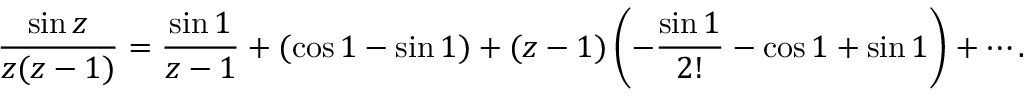
{ \frac { \sin z } { z ( z - 1 ) } } = { \frac { \sin 1 } { z - 1 } } + ( \cos 1 - \sin 1 ) + ( z - 1 ) \left( - { \frac { \sin 1 } { 2 ! } } - \cos 1 + \sin 1 \right) + \cdots .